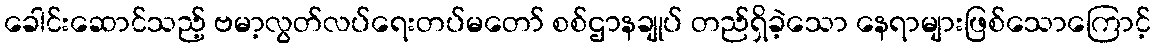
ခေါင်းဆောင်သည့် ဗမာ့လွတ်လပ်ရေးတပ်မတော် စစ်ဌာနချုပ် တည်ရှိခဲ့သော နေရာများဖြစ်သောကြောင့်